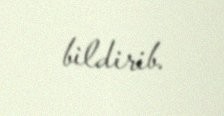
bildirib.